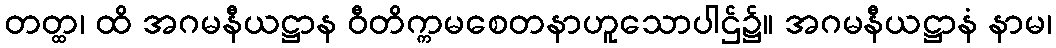
တတ္ထ၊ ထိ အဂမနီယဋ္ဌာန ဝီတိက္ကမစေတနာဟူသောပါဌ်၌။ အဂမနီယဋ္ဌာနံ နာမ၊